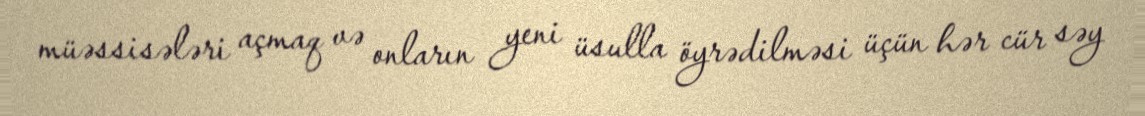
müəssisələri açmaq və onların yeni üsulla öyrədilməsi üçün hər cür səy